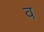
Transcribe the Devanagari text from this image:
व